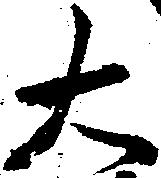
大